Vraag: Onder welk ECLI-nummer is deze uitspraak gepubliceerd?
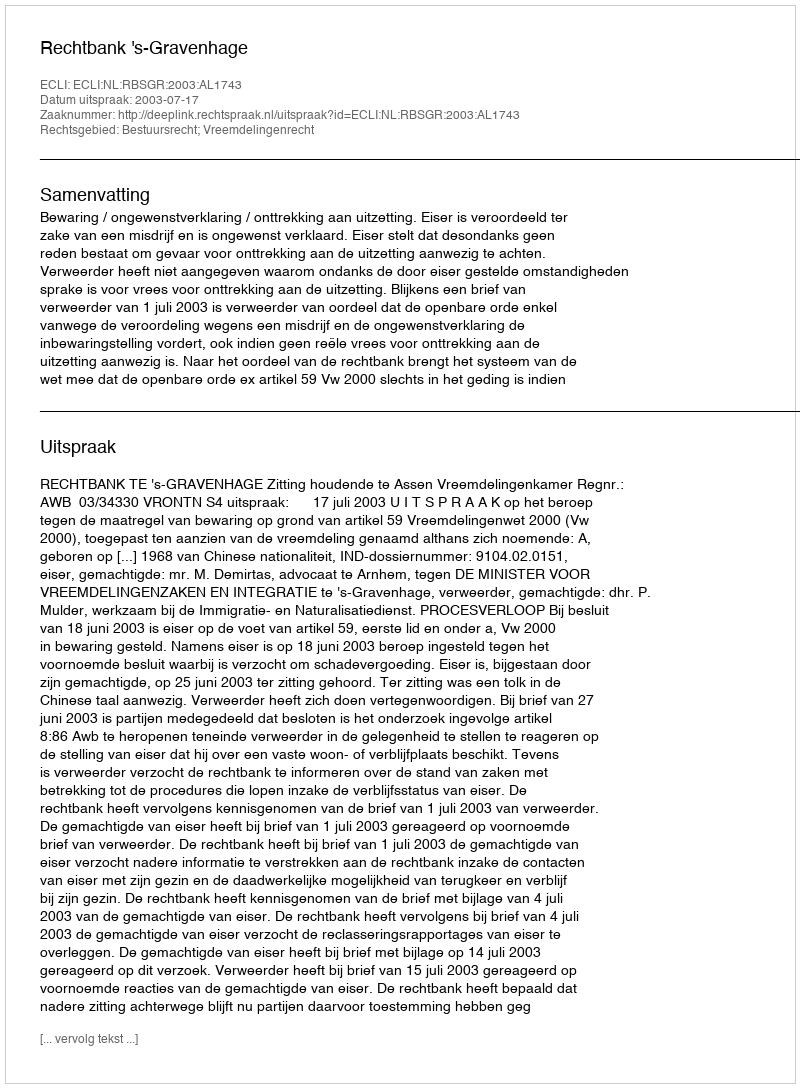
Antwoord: ECLI:NL:RBSGR:2003:AL1743